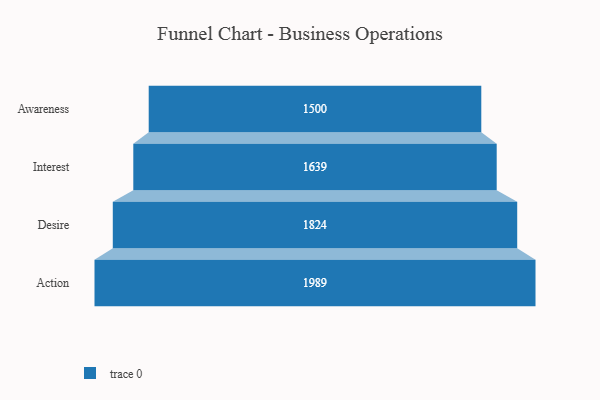
{"axis": {"x": "Stage", "y": "Value"}, "legend": [""], "data": [{"x": "Awareness", "y": 1500.0, "type": ""}, {"x": "Interest", "y": 1639.0, "type": ""}, {"x": "Desire", "y": 1824.0, "type": ""}, {"x": "Action", "y": 1989.0, "type": ""}]}